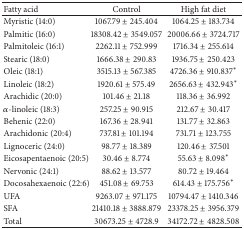
<table><thead><tr><td><b>Fatty acid</b></td><td><b>Control</b></td><td><b>High fat diet</b></td></tr></thead><tbody><tr><td>Myristic (14:0)</td><td>1067.79 ± 245.404</td><td>1064.25 ± 183.734 </td></tr><tr><td>Palmitic (16:0)</td><td>18308.42 ± 3549.057</td><td>20006.66 ± 3724.717 </td></tr><tr><td>Palmitoleic (16:1)</td><td>2262.11 ± 752.999</td><td>1716.34 ± 255.614 </td></tr><tr><td>Stearic (18:0)</td><td>1666.38 ± 290.83</td><td>1936.75 ± 250.423 </td></tr><tr><td>Oleic (18:1)</td><td>3515.13 ± 567.385</td><td>4726.36 ± 910.837<sup><i>∗</i></sup></td></tr><tr><td>Linoleic (18:2)</td><td>1920.61 ± 575.49</td><td>2656.63 ± 432.943<sup><i>∗</i></sup></td></tr><tr><td>Arachidic (20:0)</td><td>101.46 ± 21.18</td><td>118.36 ± 36.992 </td></tr><tr><td><i>α</i>-linoleic (18:3)</td><td>257.25 ± 90.915</td><td>212.67 ± 30.417 </td></tr><tr><td>Behenic (22:0)</td><td>167.36 ± 28.941</td><td>131.77 ± 32.863 </td></tr><tr><td>Arachidonic (20:4)</td><td>737.81 ± 101.194</td><td>731.71 ± 123.755 </td></tr><tr><td>Lignoceric (24:0)</td><td>98.77 ± 18.389</td><td>120.46 ± 37.501 </td></tr><tr><td>Eicosapentaenoic (20:5)</td><td>30.46 ± 8.774</td><td>55.63 ± 8.098<sup><i>∗</i></sup></td></tr><tr><td>Nervonic (24:1)</td><td>88.62 ± 13.577</td><td>80.72 ± 19.464 </td></tr><tr><td>Docosahexaenoic (22:6)</td><td>451.08 ± 69.753</td><td>614.43 ± 175.756<sup><i>∗</i></sup></td></tr><tr><td>UFA</td><td>9263.07 ± 971.175</td><td>10794.47 ± 1410.346</td></tr><tr><td>SFA</td><td>21410.18 ± 3888.879</td><td>23378.25 ± 3956.379</td></tr><tr><td>Total</td><td>30673.25 ± 4728.9</td><td>34172.72 ± 4828.508</td></tr></tbody></table>